Mental hospitals Bombay report 1929-33 - 1929-1933
Year: 1929
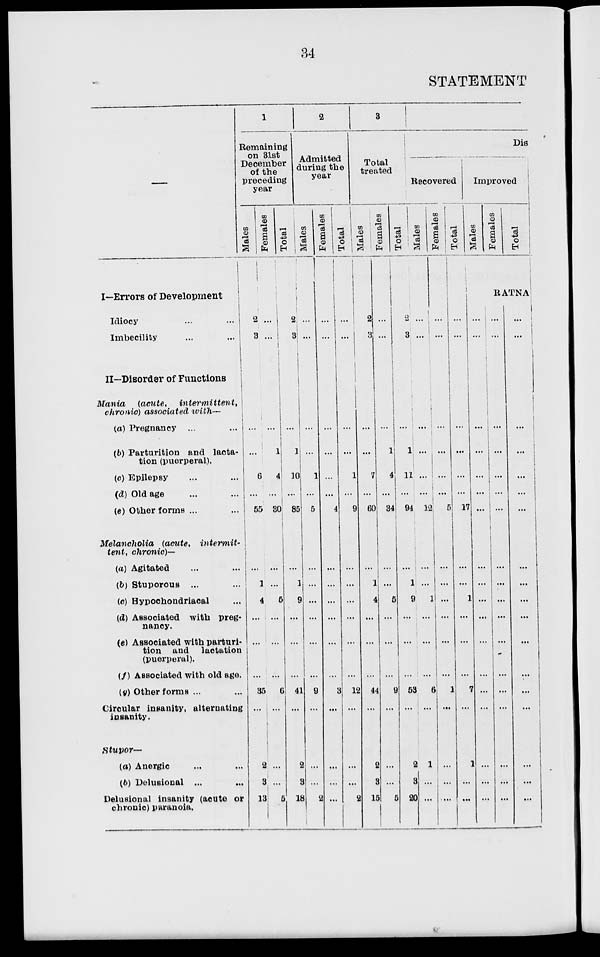
34
STATEMENT
—
I—Errors of Development
Idiocy ... ...
Imbecility ... ...
II—Disorder of Functions
Mania
(acute,
intermittent,
chronic) associated with—
(a) Pregnancy ... ...
(b) Parturition and lacta-
tion (puerperal).
(c) Epilepsy... ...
(d) Old age ... ...
(e) Other forms ... ...
Melancholia
(acute,
intermit-
tent, chronic)—
(a) Agitated ... ...
(b) Stuporous ... ...
(c) Hypochondriacal ...
(d) Associated with preg-
nancy.
(e) Associated with parturi-
tion and lactation
(puerperal).
(f) Associated with old age.
(g) Other forms ... ...
Circular insanity, alternating
insanity.
Stupor—
(a) Anergic ... ...
(b) Delusional ... ...
Delusional insanity (acute or
chronic) paranoia.
1
Remaining
on 31st
December
of the
preceding
year
Males
2
...
...
...
6
...
55
...
1
4
...
...
...
35
...
2
3
13
Females
...
...
...
1
4
...
30
...
...
5
...
...
...
6
...
...
...
5
Total
2
3
...
1
10
...
85
...
1
9
...
...
...
41
...
2
3
18
2
Admitted
during the
year
Males
...
...
...
...
1
...
5
...
...
...
...
...
...
9
...
...
...
2
Females
...
...
...
...
...
...
4
...
...
...
...
...
...
3
...
...
...
...
Total
...
...
...
...
1
...
9
...
...
...
...
...
...
12
...
...
...
2
3
Total
treated
Males
2
3
...
...
7
...
60
...
1
4
...
...
...
44
...
2
3
15
Females
...
...
...
1
4
...
34
...
...
5
...
...
...
9
...
...
...
5
Total
2
3
...
1
11
...
94
...
1
9
...
...
...
53
...
2
3
20
Dis
Recovered
Males
...
...
...
...
...
...
12
...
...
1
...
...
...
6
...
1
...
...
Females
...
...
...
...
...
...
5
...
...
...
...
...
...
1
...
...
...
...
Total
...
...
...
...
...
...
17
...
...
1
...
...
...
7
...
1
...
...
Improved
Males
Females
Total
RATNA
...
...
...
...
...
...
...
...
...
...
...
...
...
...
...
...
...
...
...
...
...
...
...
...
...
...
...
...
...
...
...
...
...
...
...
...
...
...
...
...
...
...
...
...
...
...
...
...
...
...
...
...
...
...